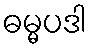
ဓမ္မပဒါ